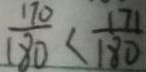
\frac { 1 7 0 } { 1 8 0 } < \frac { 1 7 1 } { 1 8 0 }